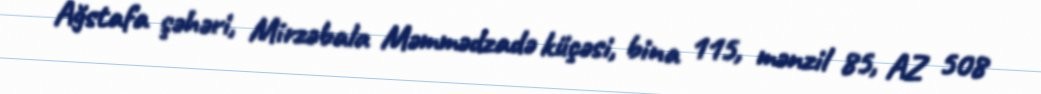
Ağstafa şəhəri, Mirzəbala Məmmədzadə küçəsi, bina 115, mənzil 85, AZ 508